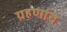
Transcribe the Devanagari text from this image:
ग्रहणांचे